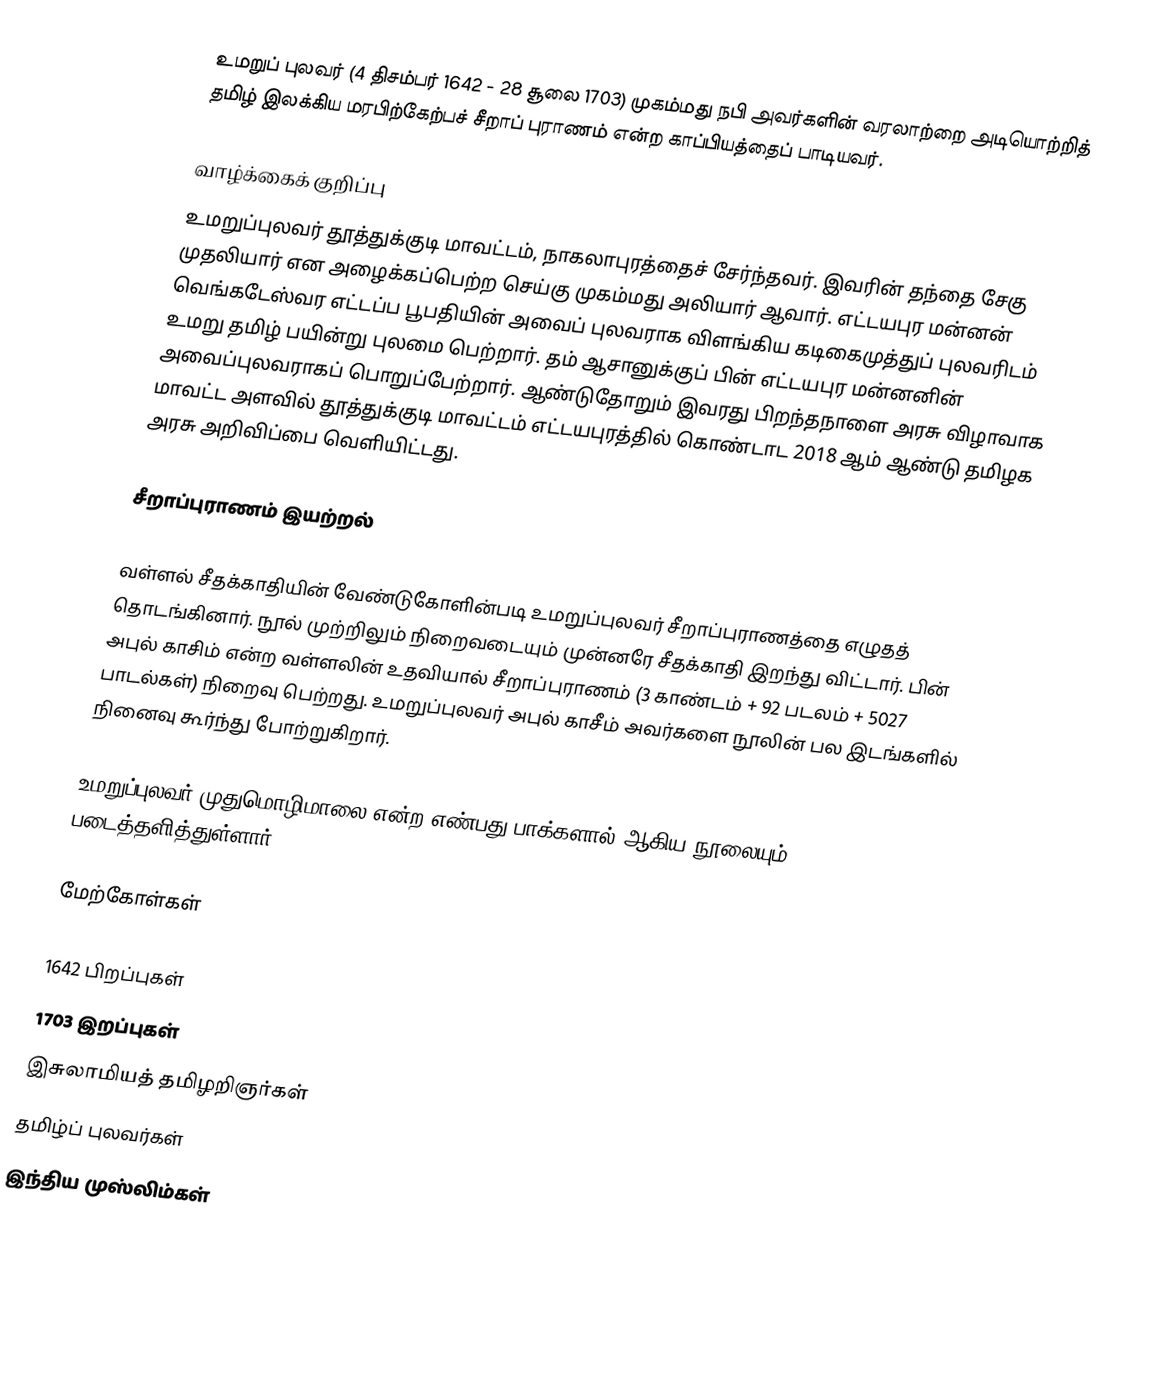
உமறுப் புலவர் (4 திசம்பர் 1642 - 28 சூலை 1703) முகம்மது நபி அவர்களின் வரலாற்றை அடியொற்றித் தமிழ் இலக்கிய மரபிற்கேற்பச் சீறாப் புராணம் என்ற காப்பியத்தைப் பாடியவர்.

வாழ்க்கைக் குறிப்பு
உமறுப்புலவர் தூத்துக்குடி மாவட்டம், நாகலாபுரத்தைச் சேர்ந்தவர். இவரின் தந்தை சேகு முதலியார் என அழைக்கப்பெற்ற செய்கு முகம்மது அலியார் ஆவார். எட்டயபுர மன்னன் வெங்கடேஸ்வர எட்டப்ப பூபதியின் அவைப் புலவராக விளங்கிய கடிகைமுத்துப் புலவரிடம் உமறு தமிழ் பயின்று புலமை பெற்றார். தம் ஆசானுக்குப் பின் எட்டயபுர மன்னனின் அவைப்புலவராகப் பொறுப்பேற்றார். ஆண்டுதோறும் இவரது பிறந்தநாளை அரசு விழாவாக மாவட்ட அளவில் தூத்துக்குடி மாவட்டம் எட்டயபுரத்தில் கொண்டாட 2018 ஆம் ஆண்டு தமிழக அரசு அறிவிப்பை வெளியிட்டது.

சீறாப்புராணம் இயற்றல்

வள்ளல் சீதக்காதியின் வேண்டுகோளின்படி உமறுப்புலவர் சீறாப்புராணத்தை எழுதத் தொடங்கினார். நூல் முற்றிலும் நிறைவடையும் முன்னரே சீதக்காதி இறந்து விட்டார். பின் அபுல் காசிம் என்ற வள்ளலின் உதவியால் சீறாப்புராணம் (3 காண்டம் + 92 படலம் + 5027 பாடல்கள்) நிறைவு பெற்றது. உமறுப்புலவர் அபுல் காசீம் அவர்களை நூலின் பல இடங்களில் நினைவு கூர்ந்து போற்றுகிறார்.

உமறுப்புலவர் முதுமொழிமாலை என்ற எண்பது பாக்களால் ஆகிய நூலையும் படைத்தளித்துள்ளார்.

மேற்கோள்கள்

1642 பிறப்புகள்
1703 இறப்புகள்
இசுலாமியத் தமிழறிஞர்கள்
தமிழ்ப் புலவர்கள்
இந்திய முஸ்லிம்கள்